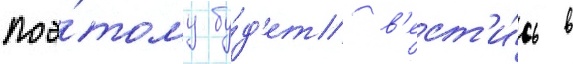
поэ́тому бу́д'ет в'ест'и́сь в